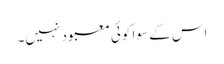
اس کے سوا کوئی معبود نہیں۔